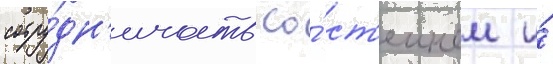
сотру́дн'ичать со́ ст'еином и́